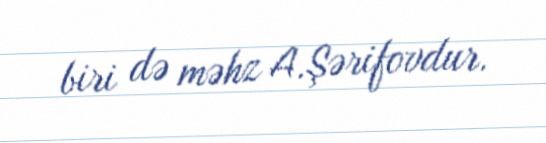
biri də məhz A.Şərifovdur.